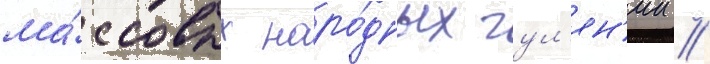
ма́ссовых наро́дных гул'ян'ии //